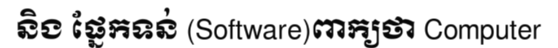
និង ផ្នែកទន់ (Software)ពាក្យថា Computer